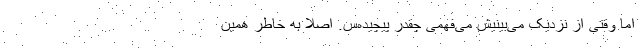
اما وقتی از نزدیک می‌بینیش می‌فهمی چقدر پیچیده‌س. اصلا به خاطر همین